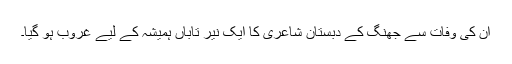
ان کی وفات سے جھنگ کے دبستان شاعری کا ایک نیر تاباں ہمیشہ کے لیے غروب ہو گیا۔